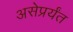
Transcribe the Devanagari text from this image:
असेप्रर्यंत